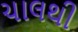
ચાલથી